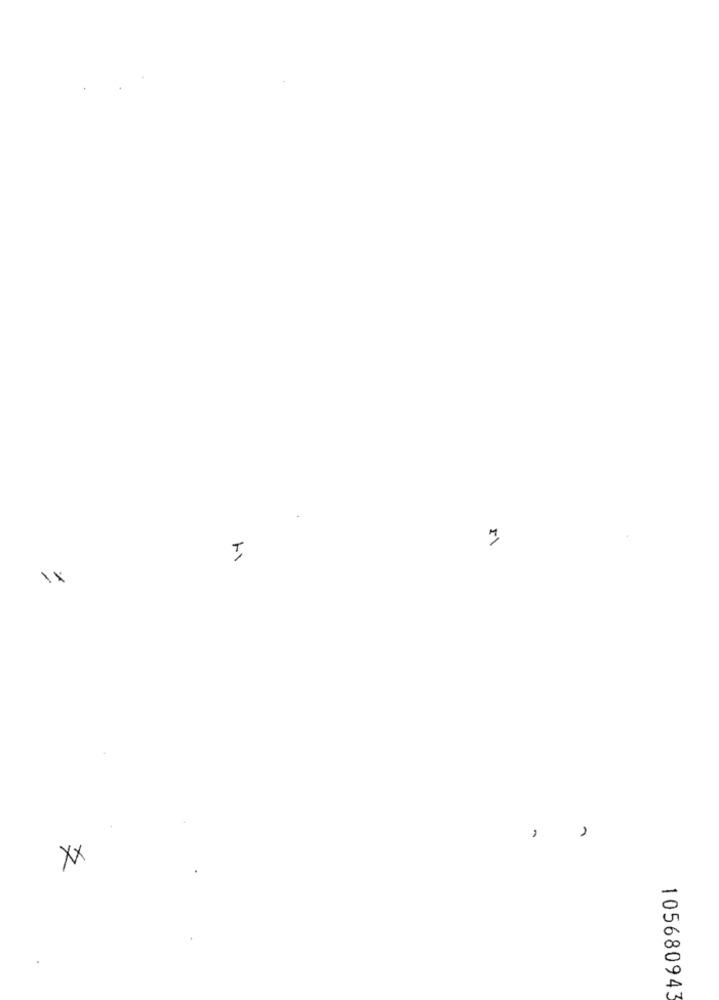
1×
4
-
105680943